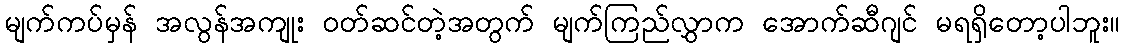
မျက်ကပ်မှန် အလွန်အကျုး ဝတ်ဆင်တဲ့အတွက် မျက်ကြည်လွှာက အောက်ဆီဂျင် မရရှိတော့ပါဘူး။